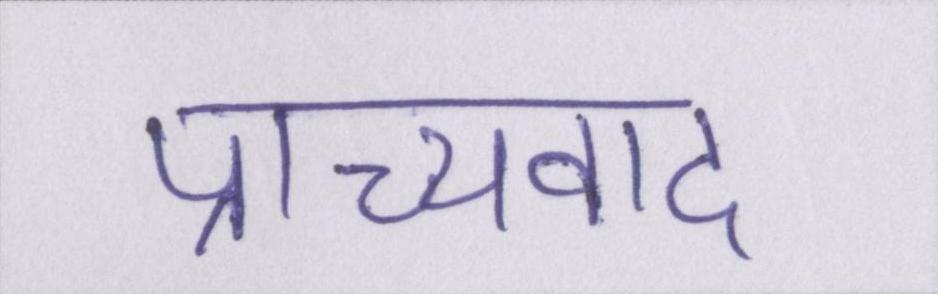
प्राच्यवाद